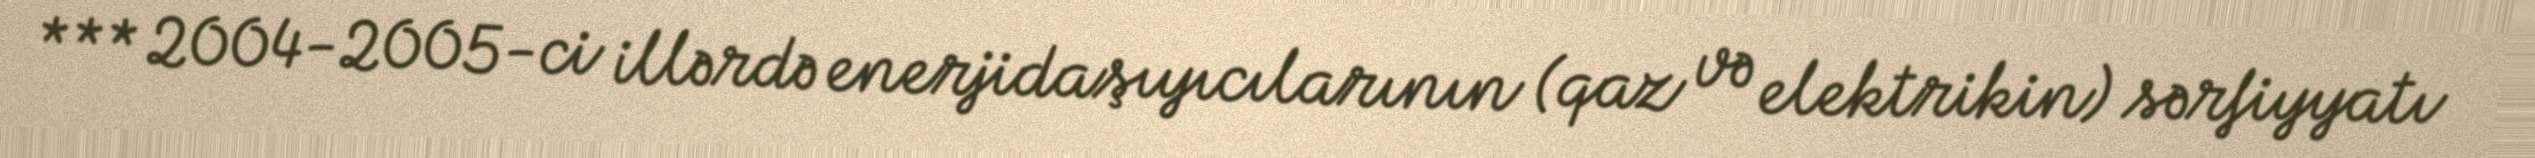
*** 2004-2005-ci illərdə enerjidaşıyıcılarının (qaz və elektrikin) sərfiyyatı